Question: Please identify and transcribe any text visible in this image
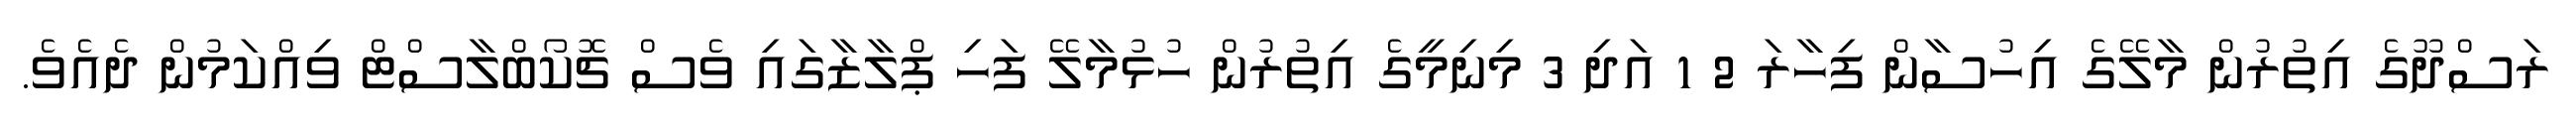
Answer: ރަސްދޫގެ އިތުރުން މާލޭގެ އިހުސާން ފިހާރަ 2 1 އަދި 3 މިނިމީގެ އިތުރުން ހުޅުމާލޭ ފަހި ޕްލާޒާގައި ވެސް ޗޮކޯބްލާސްޓް ވިއްކަމުން ދެއެވެ.